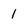
Character: 1